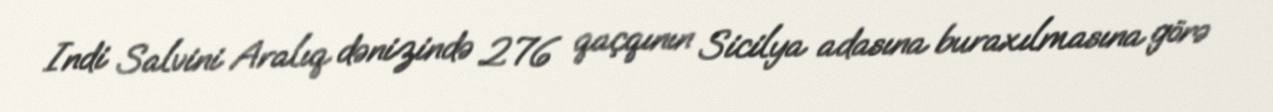
Indi Salvini Aralıq dənizində 276 qaçqının Sicilya adasına buraxılmasına görə